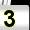
Digit: 3